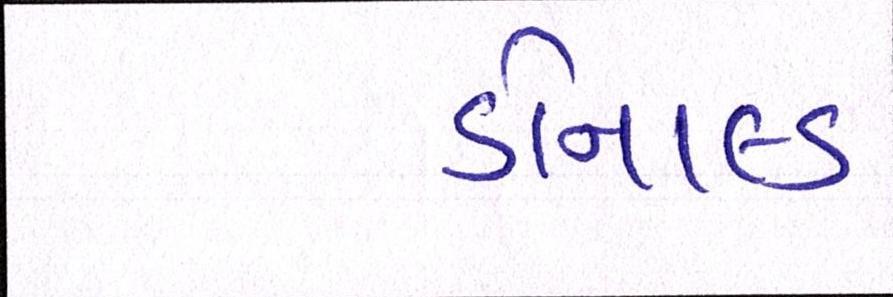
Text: ડોનાલ્ડ